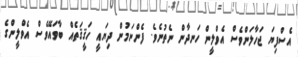
އެސްފިޔަ ޖަހާލަންވެސް އެވްލީން ހަނދާން ނެތުނެވެ. ފެންނަމުން ދިޔައީ ހަޤީޤަތެއް ބާވައޭވެސް އެވްލީންގެ